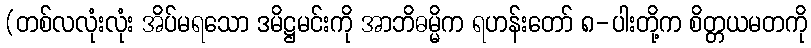
(တစ်လလုံးလုံး အိပ်မရသော ဒမိဋ္ဌမင်းကို အာဘိဓမ္မိက ရဟန်းတော် ၈-ပါးတို့က စိတ္တယမတကို